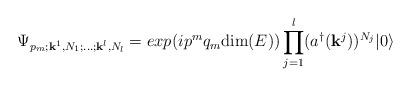
LaTeX: \begin{align*}\Psi_{p_{m}; {\bf k}^{1}, N_{1}; \dots ;{\bf k}^{l}, N_{l}} = exp(ip^{m}q_{m}{\rm dim}(E)) \prod_{j=1}^{l} (a^{\dagger}({\bf k}^{j}))^{N_{j}}|0\rangle\end{align*}